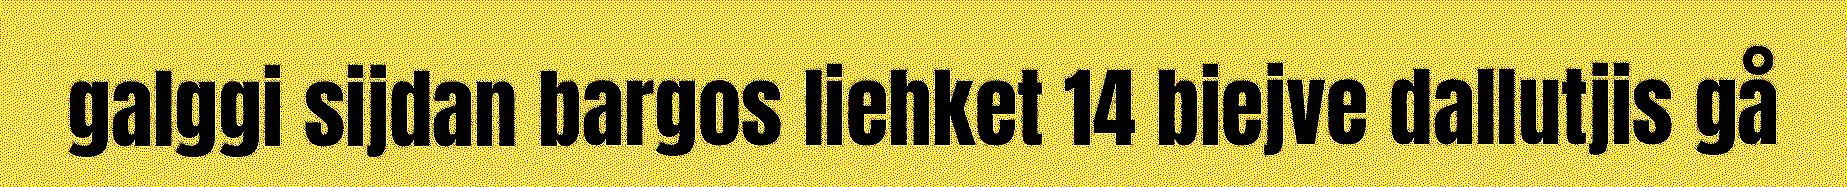
galggi sijdan bargos liehket 14 biejve dallutjis gå